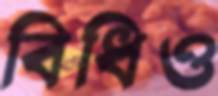
বিধিও